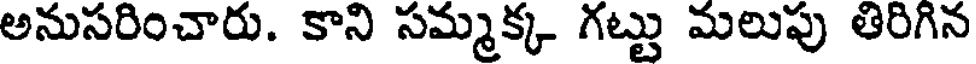
అనుసరించారు. కాని సమ్మక్క గట్టు మలుపు తిరిగిన